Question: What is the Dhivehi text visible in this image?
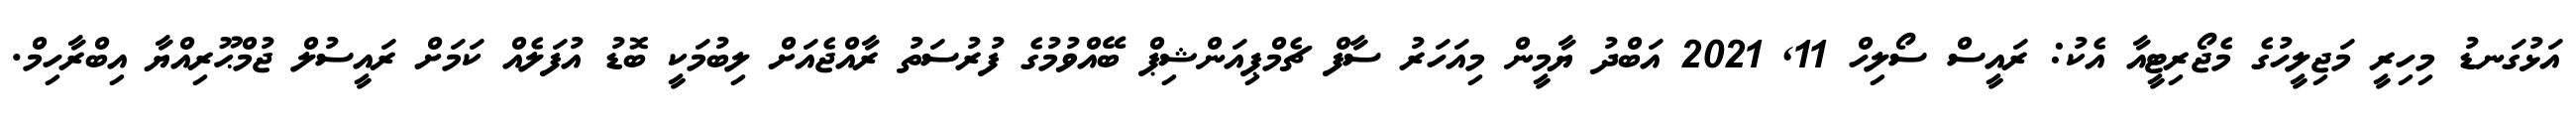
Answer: އަޅުގަނޑު މިހިރީ މަޖިލީހުގެ މެޖޯރިޓީއާ އެކު: ރައީސް ސޯލިހް 11, 2021 އަބްދު ޔާމީން މިއަހަރު ސާފް ޗެމްޕިއަންޝިޕް ބޭއްވުމުގެ ފުރުސަތު ރާއްޖެއަށް ލިބުމަކީ ބޮޑު އުފަލެއް ކަމަށް ރައީސުލް ޖުމްޙޫރިއްޔާ އިބްރާހިމް.